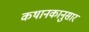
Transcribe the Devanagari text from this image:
कथानकानुसार